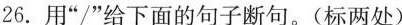
26.用”/”给下面的句子断句。(标两处)